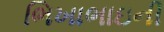
ભિખાભાઇની